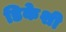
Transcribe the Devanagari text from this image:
डिकेशी